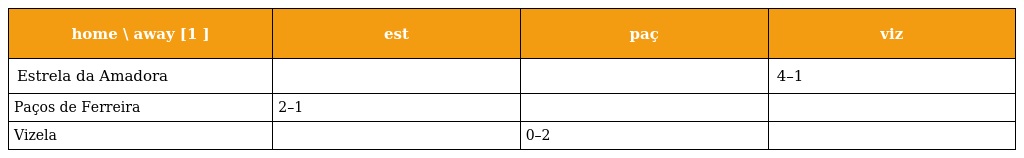
| home \ away [1 ] | est | paç | viz |
 | --- | --- | --- | --- |
 | Estrela da Amadora |  |  | 4–1 |
 | Paços de Ferreira | 2–1 |  |  |
 | Vizela |  | 0–2 |  |